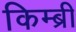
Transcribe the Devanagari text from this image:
किम्ब्री